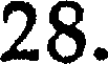
28.